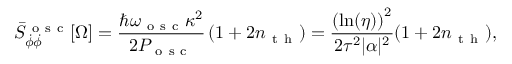
\bar { S } _ { \dot { \phi } \dot { \phi } } ^ { \mathrm { ~ o ~ s ~ c ~ } } [ \Omega ] = \frac { \hbar \omega _ { \mathrm { ~ o ~ s ~ c ~ } } \kappa ^ { 2 } } { 2 P _ { \mathrm { ~ o ~ s ~ c ~ } } } \left( 1 + 2 n _ { \mathrm { ~ t ~ h ~ } } \right) = \frac { \left( \ln ( \eta ) \right) ^ { 2 } } { 2 \tau ^ { 2 } | \alpha | ^ { 2 } } ( 1 + 2 n _ { \mathrm { ~ t ~ h ~ } } ) ,